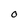
Character: O